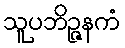
သူပဘိဉ္ဇနကံ